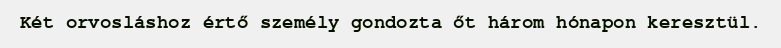
Két orvosláshoz értő személy gondozta őt három hónapon keresztül.